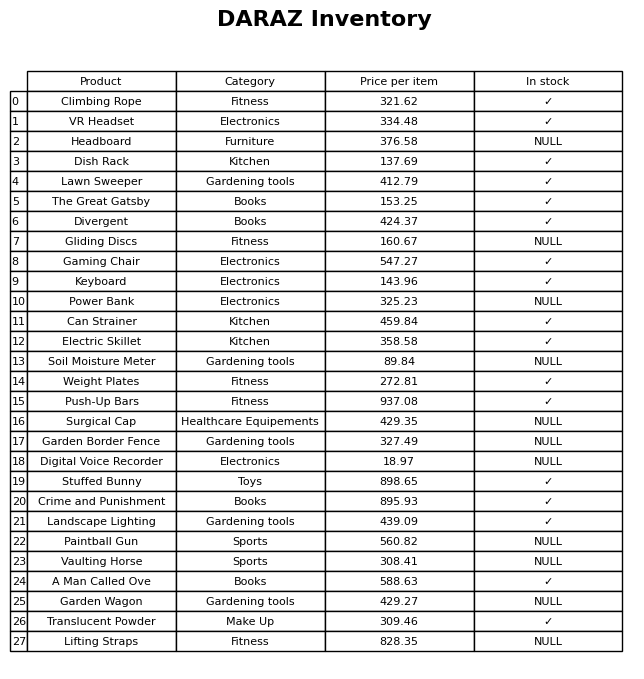
question: What is the price for Garden Wagon?
answer: The price of Garden Wagon is 429.27.